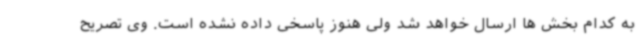
به کدام بخش ها ارسال خواهد شد ولی هنوز پاسخی داده نشده است. وی تصریح